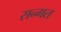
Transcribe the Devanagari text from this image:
सन्गत